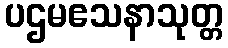
ပဌမဧသနာသုတ္တ